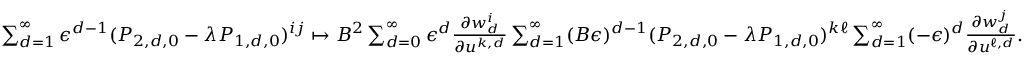
\begin{array} { r } { \sum _ { d = 1 } ^ { \infty } \epsilon ^ { d - 1 } ( P _ { 2 , d , 0 } - \lambda P _ { 1 , d , 0 } ) ^ { i j } \mapsto B ^ { 2 } \sum _ { d = 0 } ^ { \infty } \epsilon ^ { d } \frac { { \partial } w _ { d } ^ { i } } { { \partial } u ^ { k , d } } \sum _ { d = 1 } ^ { \infty } ( B \epsilon ) ^ { d - 1 } ( P _ { 2 , d , 0 } - \lambda P _ { 1 , d , 0 } ) ^ { k \ell } \sum _ { d = 1 } ^ { \infty } ( - \epsilon ) ^ { d } \frac { { \partial } w _ { d } ^ { j } } { { \partial } u ^ { \ell , d } } . } \end{array}